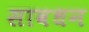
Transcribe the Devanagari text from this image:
सावधन